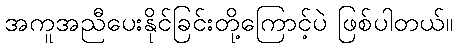
အကူအညီပေးနိုင်ခြင်းတို့ကြောင့်ပဲ ဖြစ်ပါတယ်။